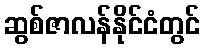
ဆွစ်ဇာလန်နိုင်ငံတွင်